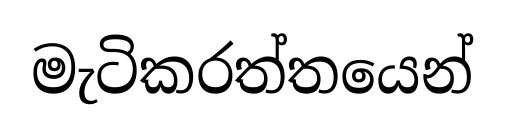
මැටිකරත්තයෙන්